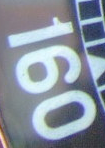
160